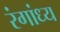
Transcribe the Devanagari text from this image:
रंगांध्य